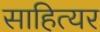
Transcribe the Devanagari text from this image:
साहित्यर